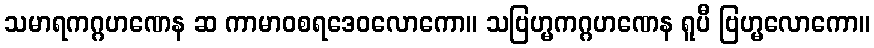
သမာရကဂ္ဂဟဏေန ဆ ကာမာဝစရဒေဝလောကော။ သဗြဟ္မကဂ္ဂဟဏေန ရူပီ ဗြဟ္မလောကော။